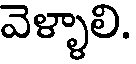
వెళ్ళాలి.